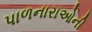
પાળનારાઓની